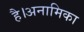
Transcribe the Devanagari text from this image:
है।अनामिका